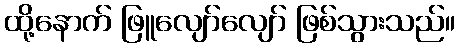
ထို့နောက် ဖြူလျော်လျော် ဖြစ်သွားသည်။